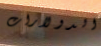
الدولارات